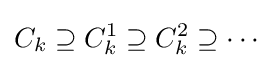
C_{k}\supseteq C_{k}^{1}\supseteq C_{k}^{2}\supseteq \cdots